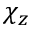
\chi _ { z }